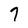
Character: 7